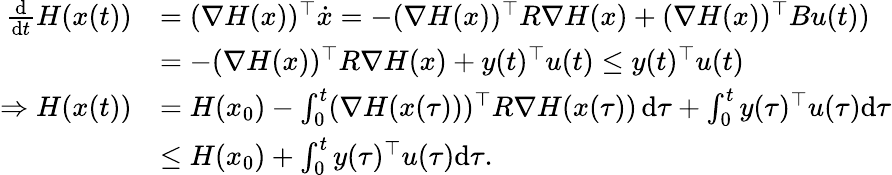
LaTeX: \begin{array}{rl}{\frac{\mathrm{d}}{\mathrm{d}t}H(x(t))}&{=(\nabla H(x))^{\top}\dot{x}=-(\nabla H(x))^{\top}R\nabla H(x)+(\nabla H(x))^{\top}Bu(t))}\\ &{=-(\nabla H(x))^{\top}R\nabla H(x)+y(t)^{\top}u(t)\le y(t)^{\top}u(t)}\\ {\Rightarrow H(x(t))}&{=H(x_{0})-\int_{0}^{t}(\nabla H(x(\tau)))^{\top}R\nabla H(x(\tau))\, \mathrm{d}\tau+\int_{0}^{t}y(\tau)^{\top}u(\tau)\mathrm{d}\tau}\\ &{\le H(x_{0})+\int_{0}^{t}y(\tau)^{\top}u(\tau)\mathrm{d}\tau.}\end{array}